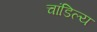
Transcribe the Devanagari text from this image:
चांडिल्य